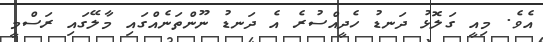
އެވެ. މިއީ ގަލޮޅު ދަނޑު ހެދީއްސުރެ އެ ދަނޑު ނޫންތަނެއްގައި މާލޭގައި ރަސްމީ